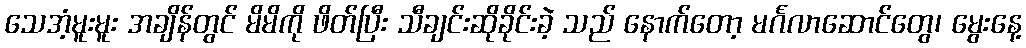
သေအံ့မူးမူး အချိန်တွင် မိမိကို ဖိတ်ပြီး သီချင်းဆိုခိုင်းခဲ့ သည် နောက်တော့ မင်္ဂလာဆောင်တွေ၊ မွေးနေ့